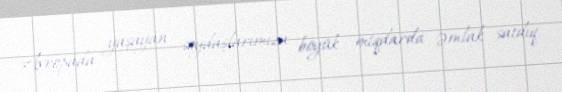
Avropada yaşayan soydaşlarımıza böyük miqdarda əmlak satdıq.